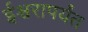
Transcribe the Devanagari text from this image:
ईश्वरापर्यंत